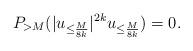
LaTeX: \begin{align*}P_{> M} (|u_{\leq \frac{M}{8k}}|^{2k} u_{\leq \frac{M}{8k}}) = 0.\end{align*}